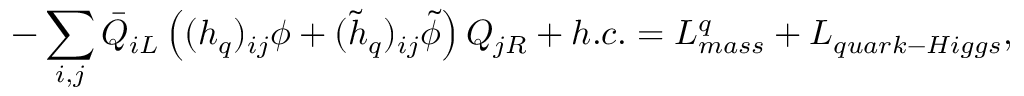
- \sum _ { i , j } \bar { Q } _ { i L } \left( ( h _ { q } ) _ { i j } \phi + ( \tilde { h } _ { q } ) _ { i j } \tilde { \phi } \right) Q _ { j R } + h . c . = L _ { m a s s } ^ { q } + L _ { q u a r k - H i g g s } ,